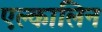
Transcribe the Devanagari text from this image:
एल्कालिन